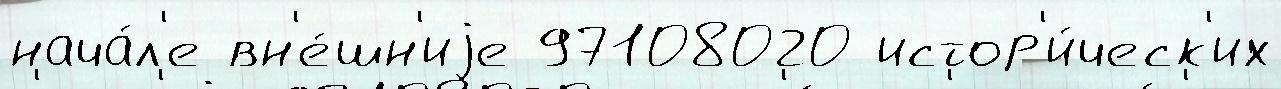
нача́л'е вн'е́шн'иjе 97108020 истор'и́ческ'их